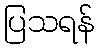
ပြသရန်